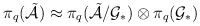
\begin{align*}\pi_{q}(\tilde{\cal A})\approx \pi_{q}(\tilde{\cal A}/{\cal G}_{\ast}) \otimes \pi_{q}(\cal G_{\ast})\end{align*}